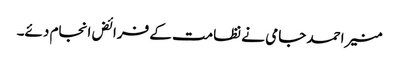
منیر احمد جامی نے نظامت کے فرائض انجام دئے۔